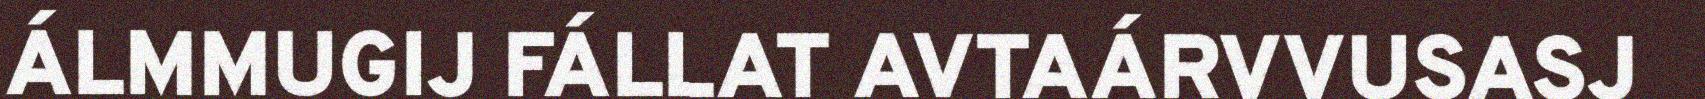
ÁLMMUGIJ FÁLLAT AVTAÁRVVUSASJ